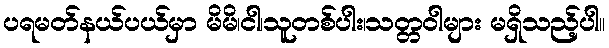
ပရမတ်နယ်ပယ်မှာ မိမိ၊ငါ၊သူတစ်ပါး၊သတ္တဝါများ မရှိသည့်ပါ။